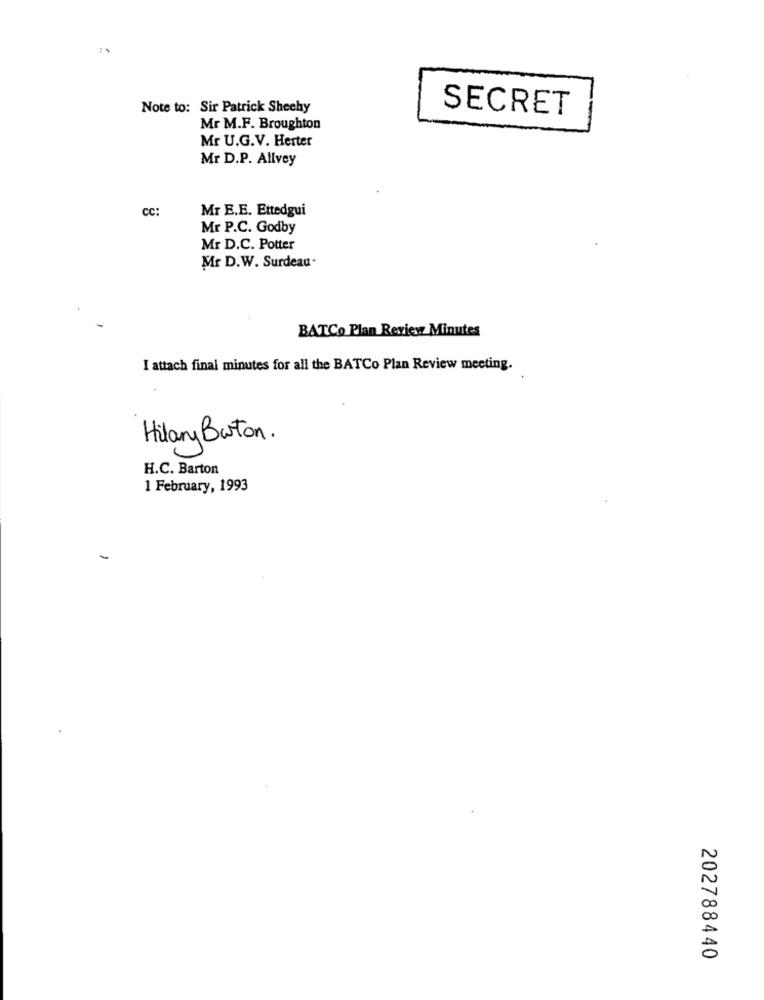
Note to: Sir Patrick Sheehy
SECRET
Mr M.F. Broughton
Mr U.G.V. Herter
Mr D.P. Allvey
CC:
Mr E.E. Ettedgui
Mr P.C. Godby
Mr D.C. Potter
Mr D.W. Surdeau-
BATCo Plan Review Minutes
I attach final minutes for all the BATCo Plan Review meeting.
Hilary Burton.
H.C. Barton
1 February, 1993
202788440